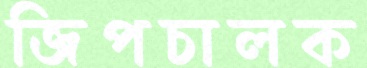
জিপচালক